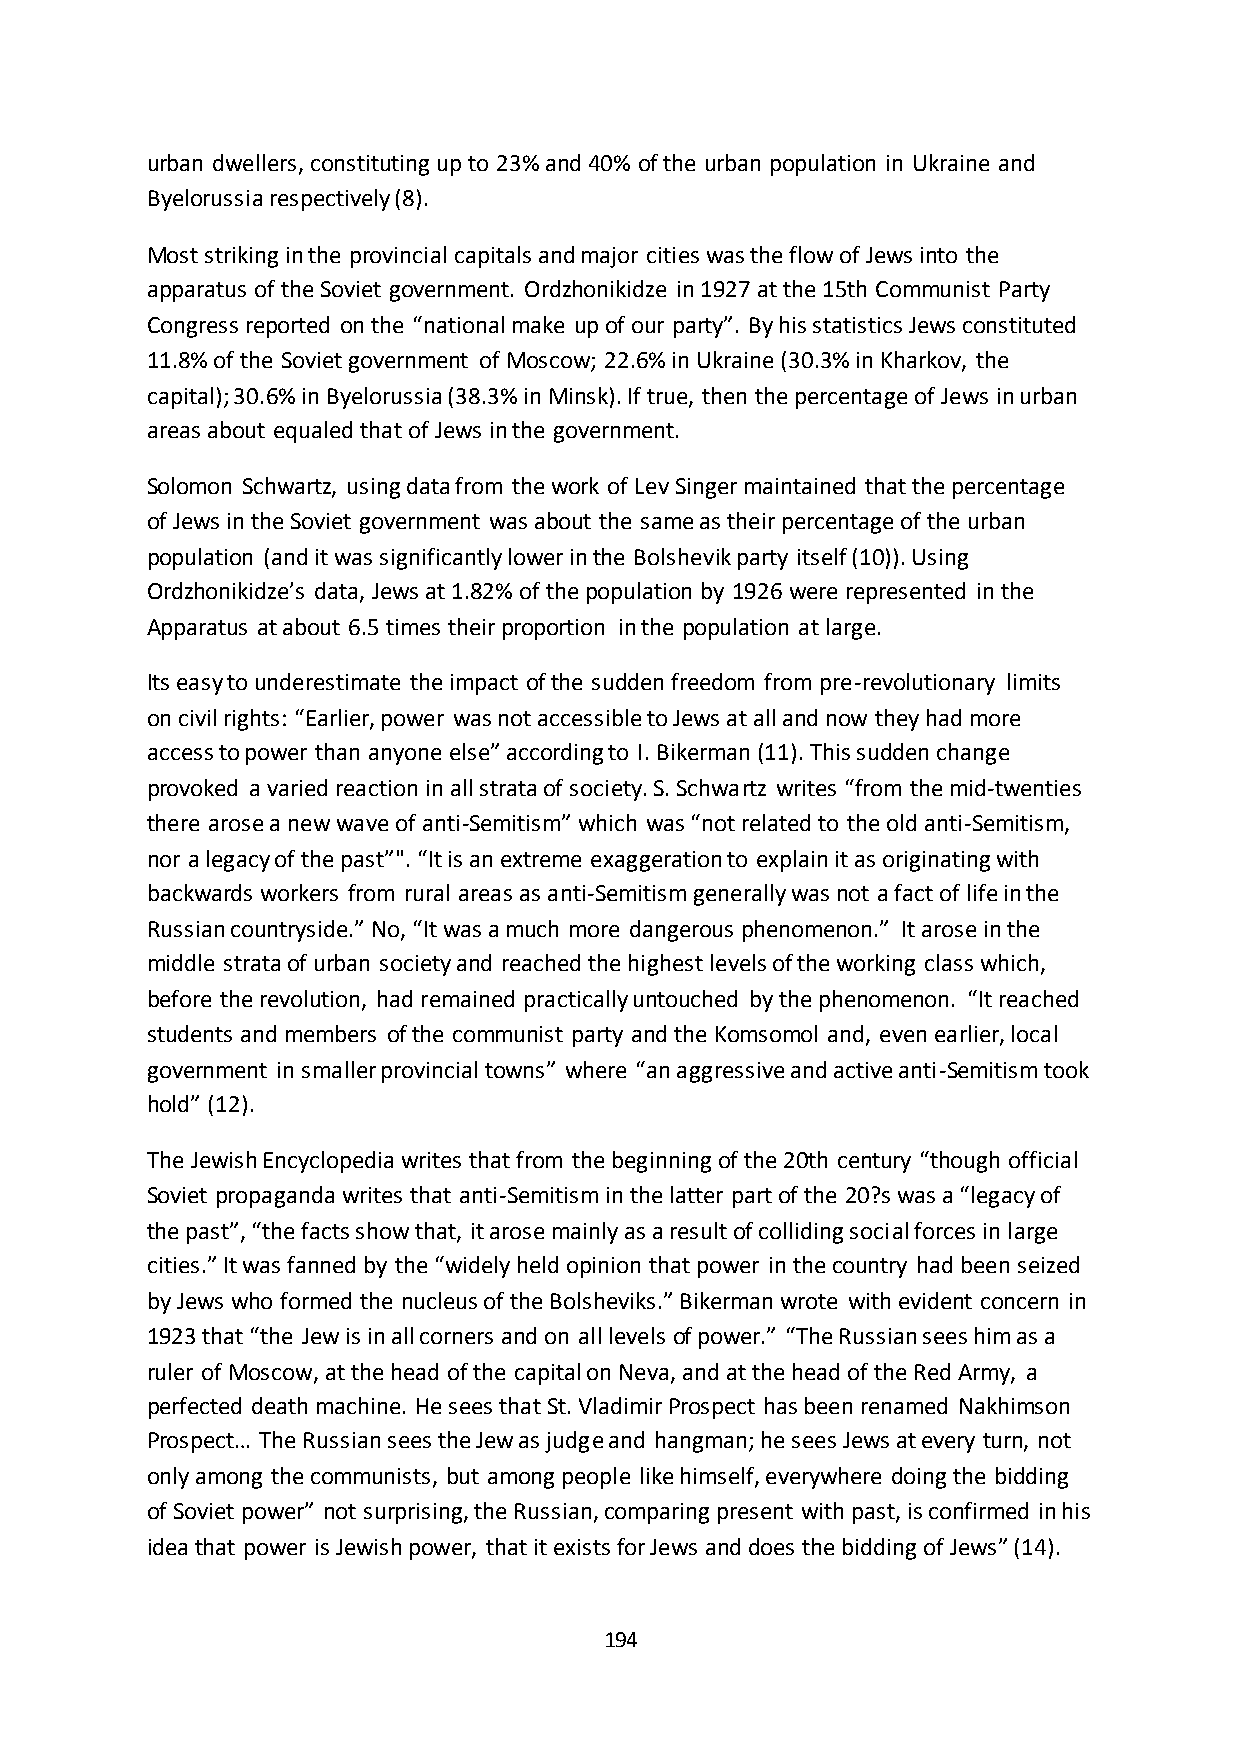
urban dwellers, constituting up to 23% and 40% of the urban population in Ukraine and
 Byelorussia respectively (8).
 Most striking in the provincial capitals and major cities was the flow of Jews into the
 apparatus of the Soviet government. Ordzhonikidze in 1927 at the 15th Communist Party
 Congress reported on the “national make up of our party”. By his statistics Jews constituted
 11.8% of the Soviet government of Moscow; 22.6% in Ukraine (30.3% in Kharkov, the
 capital); 30.6% in Byelorussia (38.3% in Minsk). If true, then the percentage of Jews in urban
 areas about equaled that of Jews in the government.
 Solomon Schwartz, using data from the work of Lev Singer maintained that the percentage
 of Jews in the Soviet government was about the same as their percentage of the urban
 population (and it was significantly lower in the Bolshevik party itself (10)). Using
 Ordzhonikidze’s data, Jews at 1.82% of the population by 1926 were represented in the
 Apparatus at about 6.5 times their proportion in the population at large.
 Its easy to underestimate the impact of the sudden freedom from pre-revolutionary limits
 on civil rights: “Earlier, power was not accessible to Jews at all and now they had more
 access to power than anyone else” according to I. Bikerman (11). This sudden change
 provoked a varied reaction in all strata of society. S. Schwartz writes “from the mid-twenties
 there arose a new wave of anti-Semitism” which was “not related to the old anti-Semitism,
 nor a legacy of the past”". “It is an extreme exaggeration to explain it as originating with
 backwards workers from rural areas as anti-Semitism generally was not a fact of life in the
 Russian countryside.” No, “It was a much more dangerous phenomenon.” It arose in the
 middle strata of urban society and reached the highest levels of the working class which,
 before the revolution, had remained practically untouched by the phenomenon. “It reached
 students and members of the communist party and the Komsomol and, even earlier, local
 government in smaller provincial towns” where “an aggressive and active anti-Semitism took
 hold” (12).
 The Jewish Encyclopedia writes that from the beginning of the 20th century “though official
 Soviet propaganda writes that anti-Semitism in the latter part of the 20?s was a “legacy of
 the past”, “the facts show that, it arose mainly as a result of colliding social forces in large
 cities.” It was fanned by the “widely held opinion that power in the country had been seized
 by Jews who formed the nucleus of the Bolsheviks.” Bikerman wrote with evident concern in
 1923 that “the Jew is in all corners and on all levels of power.” “The Russian sees him as a
 ruler of Moscow, at the head of the capital on Neva, and at the head of the Red Army, a
 perfected death machine. He sees that St. Vladimir Prospect has been renamed Nakhimson
 Prospect… The Russian sees the Jew as judge and hangman; he sees Jews at every turn, not
 only among the communists, but among people like himself, everywhere doing the bidding
 of Soviet power” not surprising, the Russian, comparing present with past, is confirmed in his
 idea that power is Jewish power, that it exists for Jews and does the bidding of Jews” (14).
 194